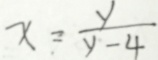
x = \frac { y } { y - 4 }